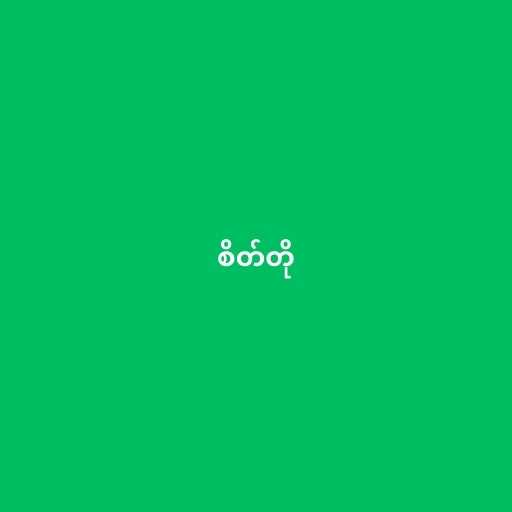
စိတ်တို